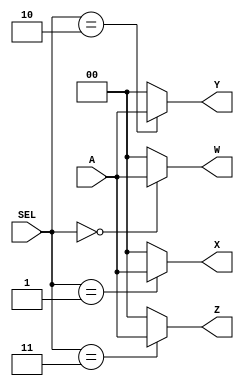
`timescale 1ns / 1ps
//////////////////////////////////////////////////////////////////////////////////
// Company: SUTD DSL Student
// 
// Design Name: Demultiplexer
// Module Name: q3_1008656
// Project Name: 
// Target Devices: 
// Tool Versions: 
// Description: 
// 
// Dependencies: 
// 
// Revision:
// Revision 0.01 - File Created
// Additional Comments:
// 
//////////////////////////////////////////////////////////////////////////////////

//!DO NOT MODIFY MODULE NAME AND PORT NAME!
module demultiplexer(
    input [1:0]A,
    input [1:0]SEL,
    output [1:0]W,
    output [1:0]X,
    output [1:0]Y,
    output [1:0]Z
    );
   

//YOUR CODE HERE  
assign W = (SEL == 2'b00) ? A : 2'b00;
assign X = (SEL == 2'b01) ? A : 2'b00;
assign Y = (SEL == 2'b10) ? A : 2'b00;
assign Z = (SEL == 2'b11) ? A : 2'b00;


endmodule